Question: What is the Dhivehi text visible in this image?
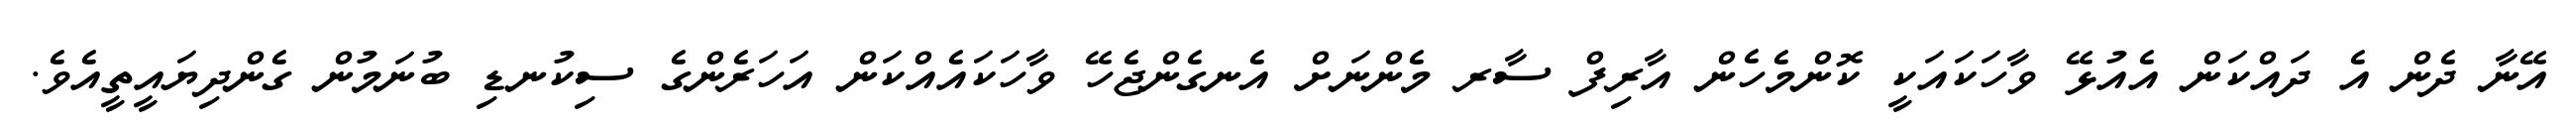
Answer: އޭނާ ދެން އެ ދައްކަން އެއުޅޭ ވާހަކައަކީ ކޮންމެހެން އާރިފް ސާރ މެންނަށް އެނގެންޖެހޭ ވާހަކައެއްކަން އަހަރެންގެ ސިކުނޑި ބުނަމުން ގެންދިޔައީތީއެވެ.